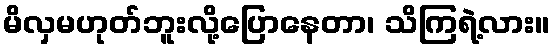
မိလှမဟုတ်ဘူးလို့ပြောနေတာ၊ သိကြရဲ့လား။